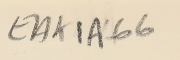
EAK1A-66